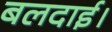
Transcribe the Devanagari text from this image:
बलदाई।